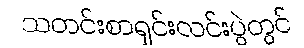
သတင်းစာရှင်းလင်းပွဲတွင်